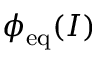
\phi _ { \mathrm { e q } } ( I )